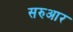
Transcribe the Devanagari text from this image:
सरुआर